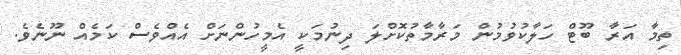
ތިމާ އަރާ ބޫޓް ހަލާކުވުމުން މަރާމާތުކޮށްލަ ދިނުމަކީ އެމީހުންނަށް އެއްވެސް ކަމެއް ނޫނެވެ.